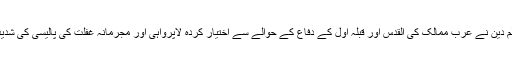
فلسطینی عالم دین نے عرب ممالک کی القدس اور قبلہ اول کے دفاع کے حوالے سے اختیار کردہ لاپرواہی اور مجرمانہ غفلت کی پالیسی کی شدید مذمت کی۔